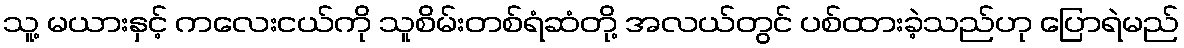
သူ့ မယားနှင့် ကလေးငယ်ကို သူစိမ်းတစ်ရံဆံတို့ အလယ်တွင် ပစ်ထားခဲ့သည်ဟု ပြောရဲမည်